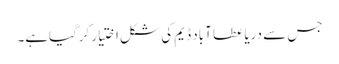
جس سے دریا عطا آباد ڈیم کی شکل اختیار کرگیاہے۔